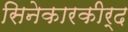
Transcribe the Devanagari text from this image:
सिनेकारकीर्द